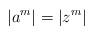
LaTeX: \begin{align*}|a^m| = |z^m|\end{align*}